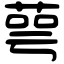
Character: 萼